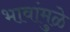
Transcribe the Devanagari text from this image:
भावांमुळे